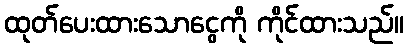
ထုတ်ပေးထားသောငွေကို ကိုင်ထားသည်။